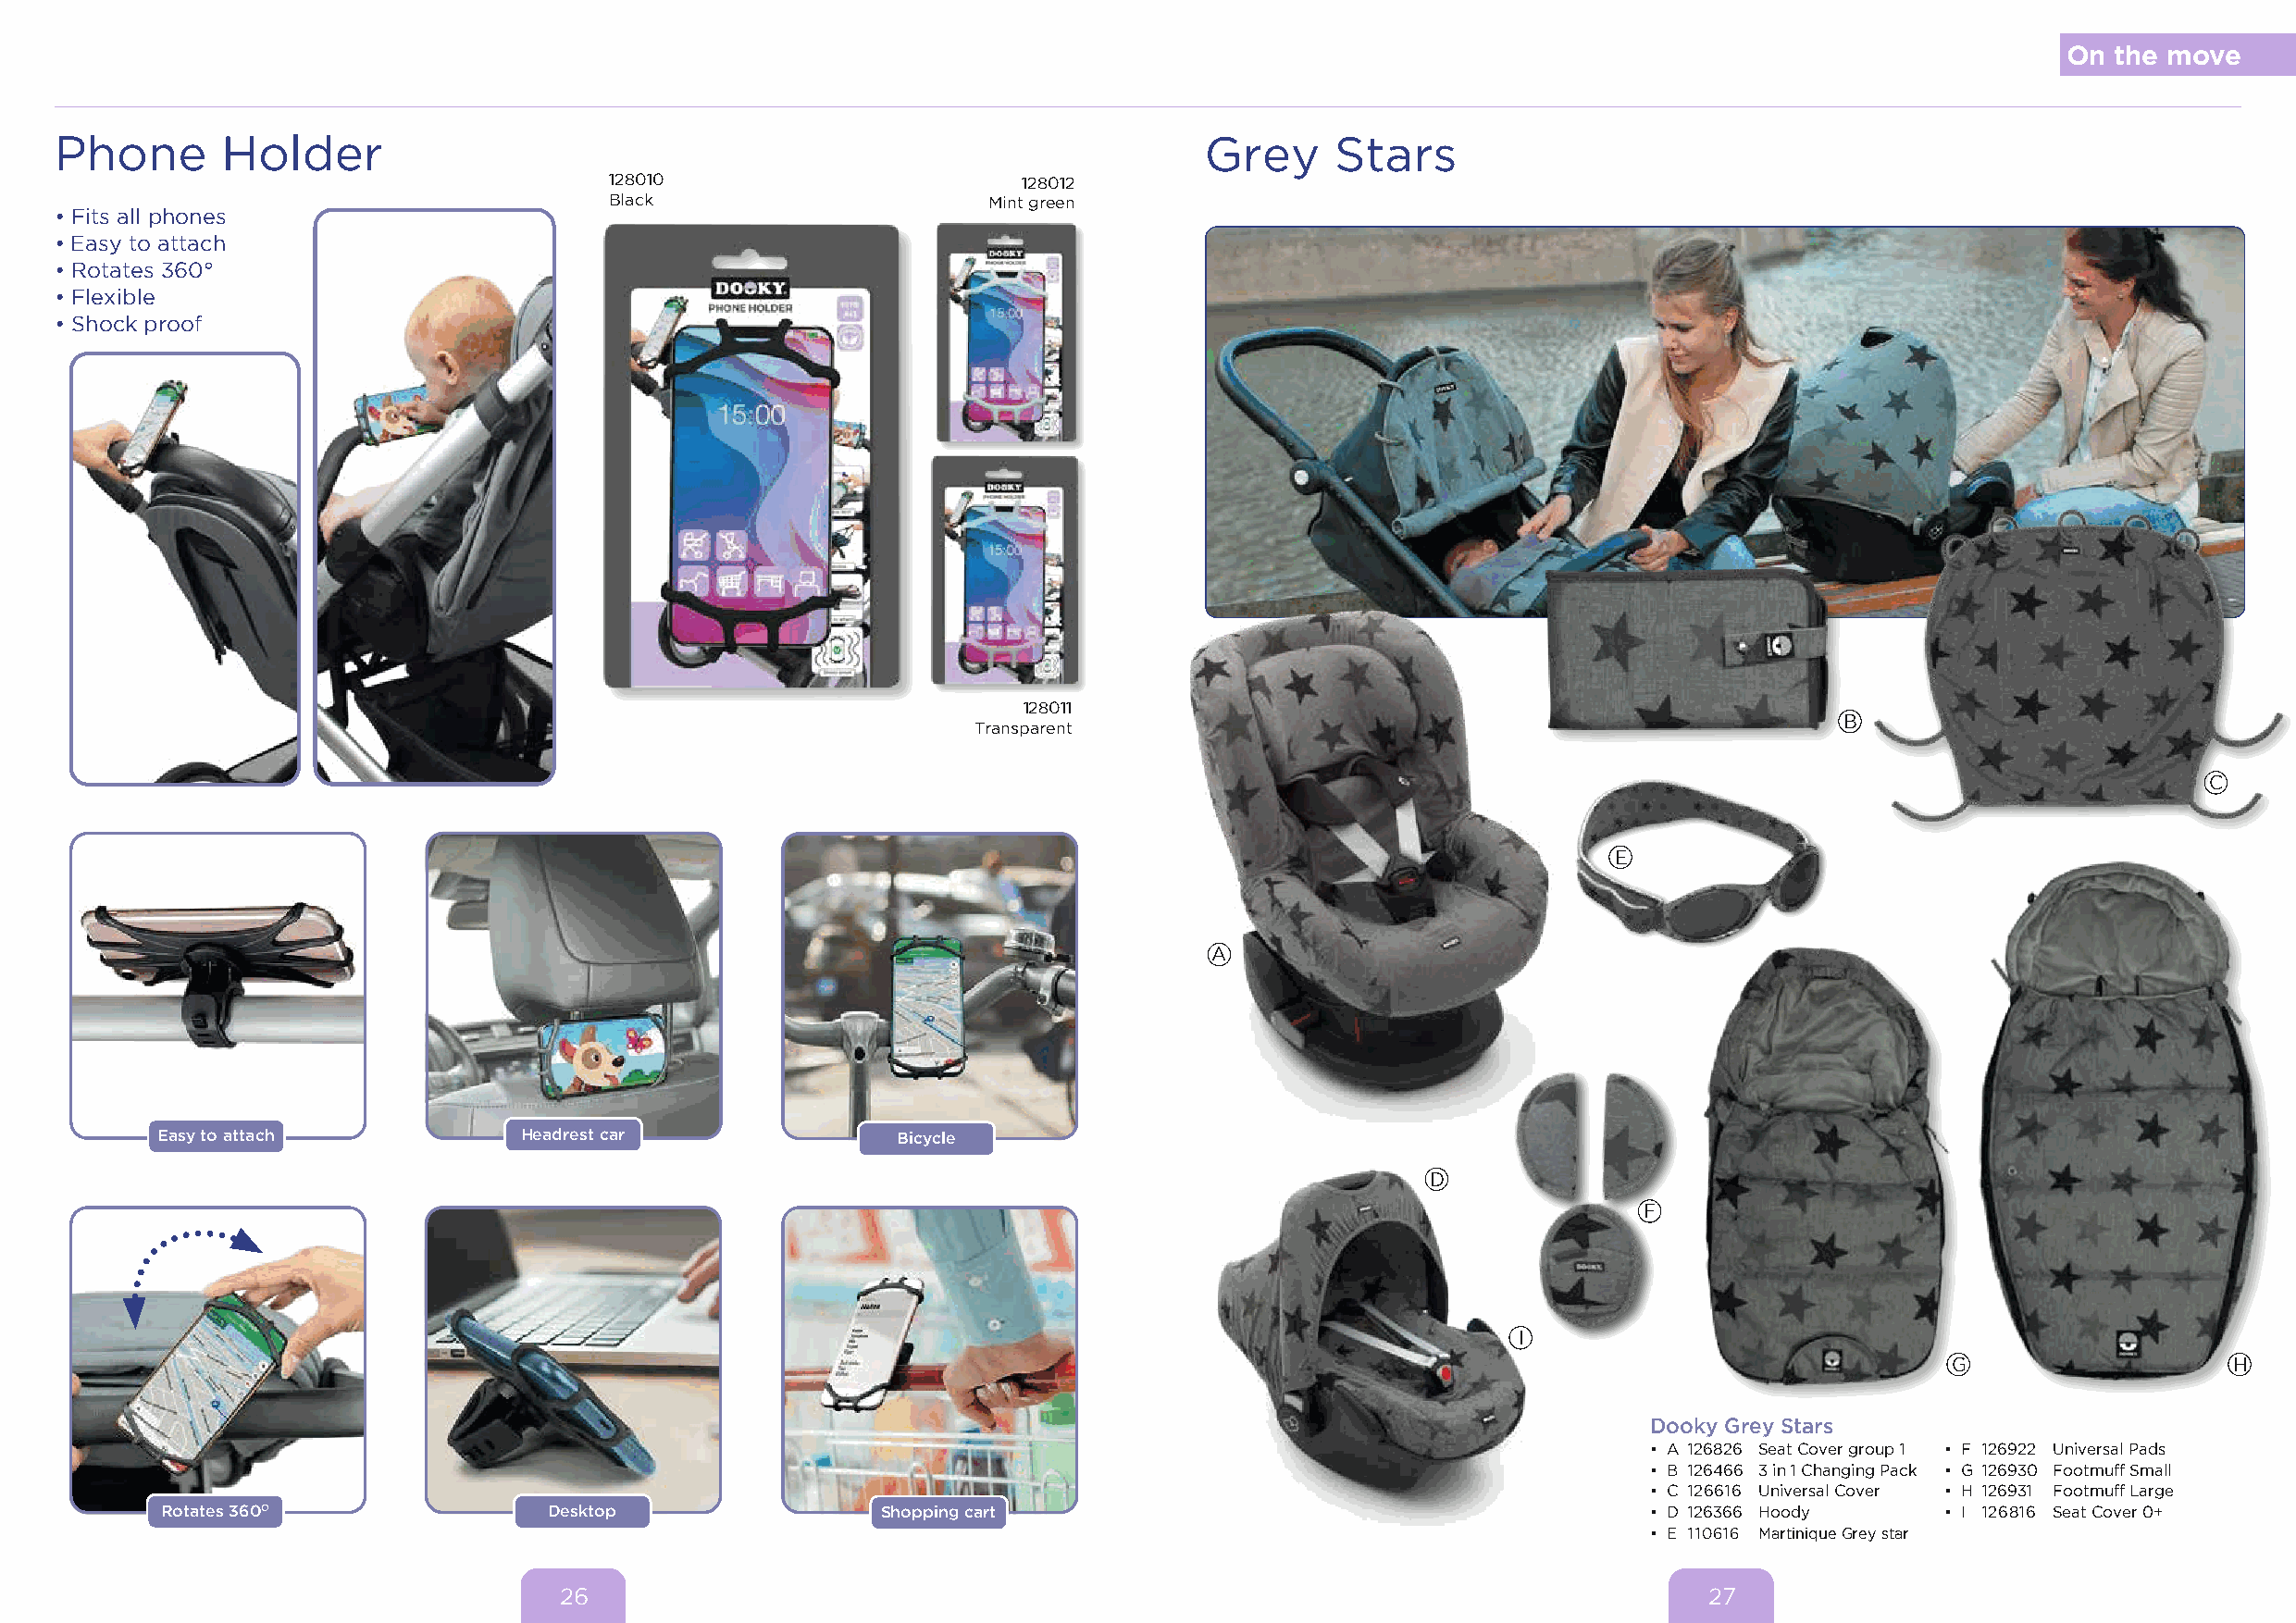
On the move
 Phone       Holder                                                                Grey     Stars
 128010                       128012
 Black                      Mint green
 • Fits all phones
 • Easy to attach
 • Rotates 360°
 • Flexible
 • Shock proof
 128011
 B
 Transparent
 C
 E
 A
 Easy to attach            Headrest car               Bicycle
 D
 F
 I
 G                   H
 Dooky Grey Stars
 • A 126826 Seat Cover group 1 • F 126922 Universal Pads
 • B 126466 3 in 1 Changing Pack • G 126930 Footmuff Small
 • C 126616 Universal Cover • H 126931 Footmuff Large
 Rotates 360O               Desktop                 Shopping cart                                          • D 126366 Hoody     • I 126816 Seat Cover 0+
 • E 110616 Martinique Grey star
 26                                                                                27